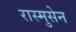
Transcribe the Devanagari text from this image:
रास्मुसेन